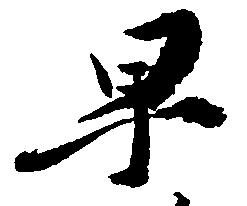
早